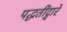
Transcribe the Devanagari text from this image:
पद्धतींद्वारे